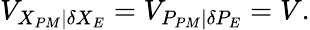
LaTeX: {{V}_{\left.{{X}_{PM}}\right|\delta{{X}_{E}}}}={{V}_{\left.{{P}_{PM}}\right|\delta{{P}_{E}}}}=V.